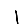
Digit: 1